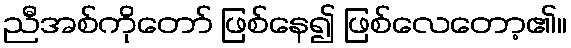
ညီအစ်ကိုတော် ဖြစ်နေ၍ ဖြစ်လေတော့၏။